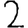
Digit: 2